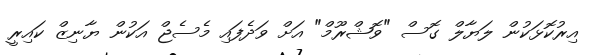
އިރުކޮޅަކުން ލަޔާލް ގޮސް "ވޮޝްރޫމް" އަށް ވަދެފައި މެސެޖް އަކުން ޔާނިޒް ކައިރީ